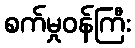
စက်မှုဝန်ကြီး